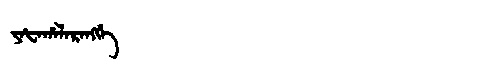
Manchu: ᠶᠠᡶᠠᡥᠠᠯᠠᡵᠠᠩᡤᡝ
Romanization: YAFAHALARANGGE